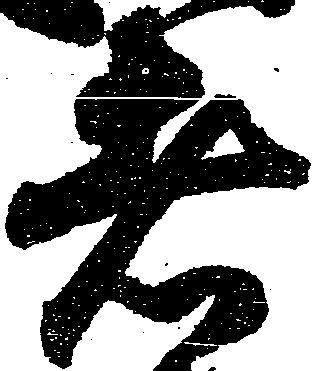
者